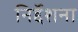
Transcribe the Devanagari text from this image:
निर्द्देशना